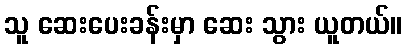
သူ ဆေးပေးခန်းမှာ ဆေး သွား ယူတယ်။